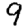
Digit: 9